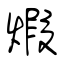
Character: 煆